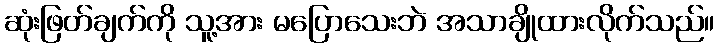
ဆုံးဖြတ်ချက်ကို သူ့အား မပြောသေးဘဲ အသာချိုထားလိုက်သည်။